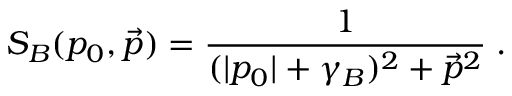
S _ { B } ( p _ { 0 } , \vec { p } ) = \frac { 1 } { ( | p _ { 0 } | + \gamma _ { B } ) ^ { 2 } + \vec { p } ^ { 2 } } \; .